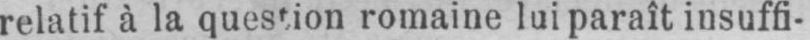
relatif à la question romaine lui paraît insuffi-